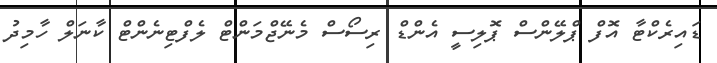
ޑައިރެކްޓާ އޮފް ޕްލޭންސް ޕޮލިސީ އެންޑް ރިސޯސް މެނޭޖްމަންޓް ލެފްޓިނެންޓް ކާނަލް ހާމިދު